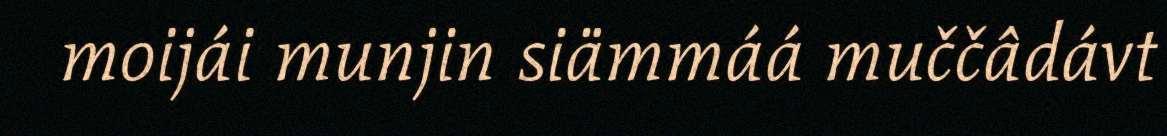
moijái munjin siämmáá muččâdávt